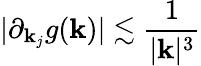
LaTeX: |\partial_{\mathbf{k}_{j}}g(\mathbf{k})|\lesssim\frac{{1}}{{|\mathbf{k}|^{3}}}